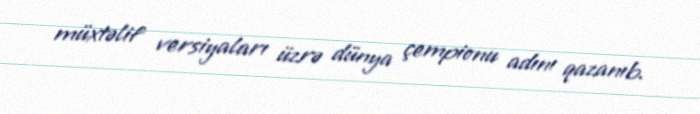
müxtəlif versiyaları üzrə dünya çempionu adını qazanıb.